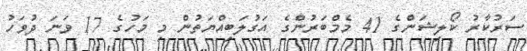
ސަރުކާރު ކޯލިޝަންގެ 41 މެމްބަރުންގެ އަގުލަބިއްޔަތުން މި މަހުގެ 17 ވަނަ ދުވަހު